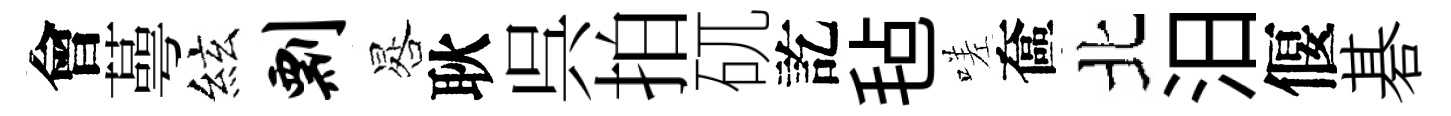
會蕚絃剽晷耿呉拍矹訖毡嗟奩北汨偃碁